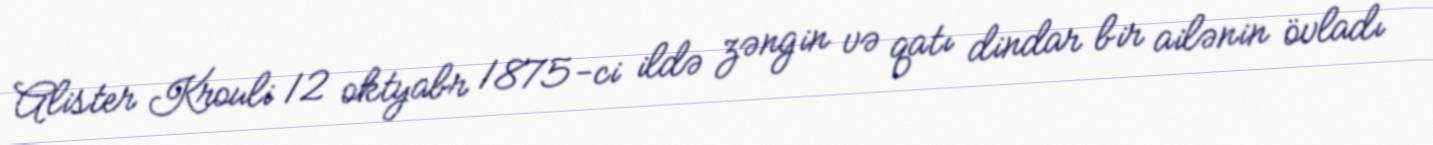
Alister Krouli 12 oktyabr 1875-ci ildə zəngin və qatı dindar bir ailənin övladı